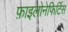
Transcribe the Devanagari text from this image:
फ़ाइलोनेफिर्टिस